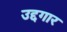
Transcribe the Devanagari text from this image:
उद्दगार